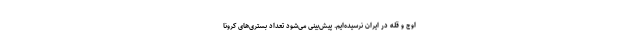
اوج و قله در ایران نرسیده‌ایم. پیش‌بینی می‌شود تعداد بستری‌های کرونا